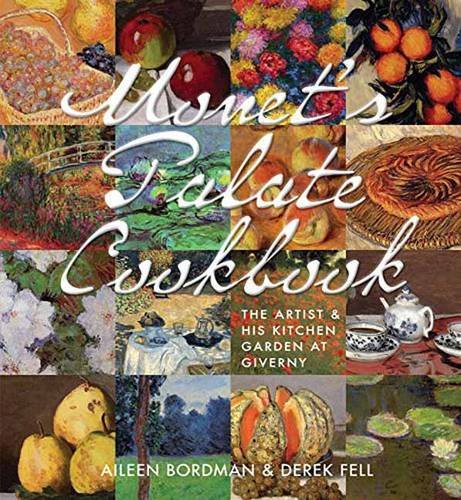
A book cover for Monet's Palate Cookbook: The Artist & His Kitchen Garden At Giverny; Aileen Bordman; Cookbooks, Food & Wine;